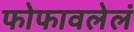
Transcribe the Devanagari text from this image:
फोफावलेलं